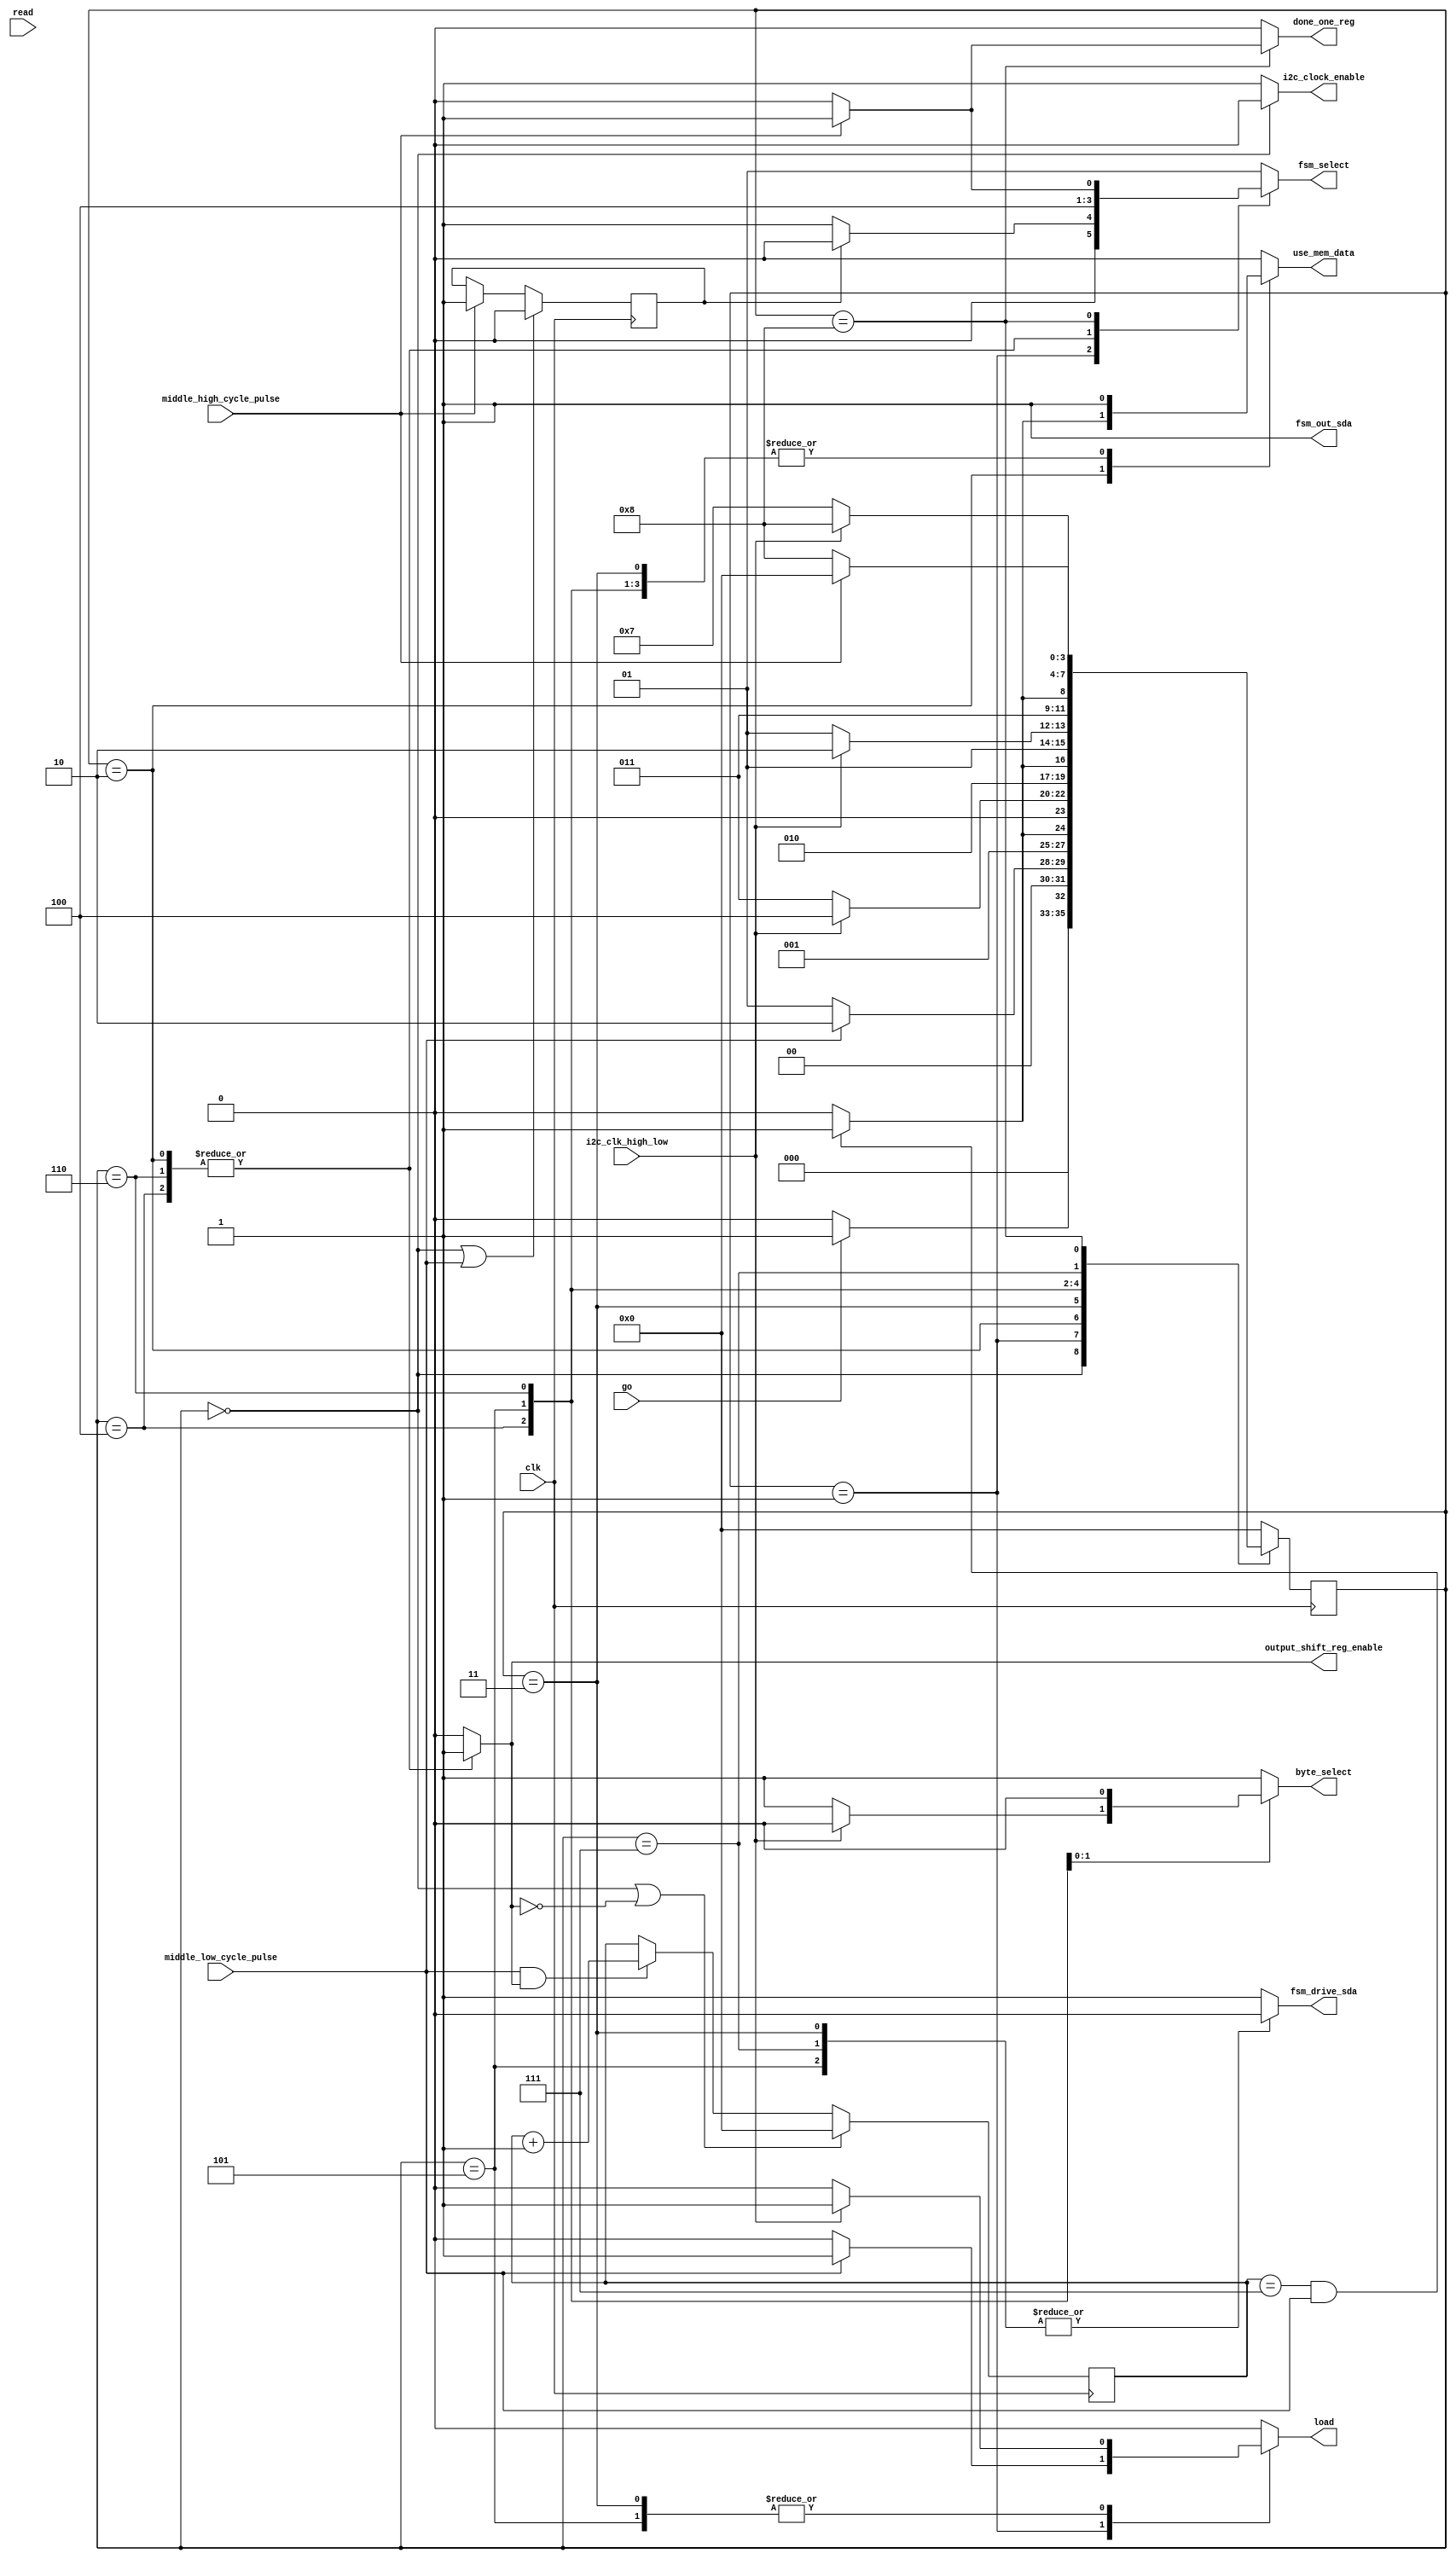
module i2c_fsm(/*AUTOARG*/
   // Outputs
   output_shift_reg_enable, fsm_out_sda, use_mem_data, fsm_drive_sda,
   fsm_select, i2c_clock_enable, done_one_reg, byte_select, load,
   // Inputs
   clk, go, read, middle_low_cycle_pulse, middle_high_cycle_pulse,
   i2c_clk_high_low
   );
   /* Inputs */
   input clk;
   input go;
   input read;
   input middle_low_cycle_pulse;
   input middle_high_cycle_pulse;
   input i2c_clk_high_low;
   
   /* Outputs */
   output output_shift_reg_enable;
   output fsm_out_sda;
   output use_mem_data;
   output fsm_drive_sda;
   output [1:0] fsm_select;
   output 	i2c_clock_enable;
   output 	done_one_reg;
   output 	byte_select;
   output 	load;
   
   /* Inouts */

   /* Parameters */
   localparam IDLE = 0;
   localparam START = 1;
   localparam DEVICE_ADDR = 2;
   localparam WAIT_ACK_STATE = 3;
   localparam ADDR_STATE = 4;
   localparam WAIT_ACK_STATE2 = 5;
   localparam DATA_STATE = 6;
   localparam WAIT_ACK_STATE3 = 7;
   localparam STOP = 8;

   localparam LOW_SDA_VALUE = 0;
   localparam HIGH_SDA_VALUE = 1;
   localparam ACTIVE_SDA_VALUE = 2;
   
   /*AUTOREG*/
   // Beginning of automatic regs (for this module's undeclared outputs)
   reg			fsm_drive_sda;
   reg			i2c_clock_enable;
   reg			load;
   reg			output_shift_reg_enable;
   // End of automatics
   /*AUTOWIRE*/

   /* Regs and Wires */
   reg [3:0] state, next_state;
   reg 	     fsm_out_sda;
   reg [3:0] state_counter;
   reg 	     use_mem_data;
   reg [1:0] fsm_select;
   reg 	     got_middle_high_pulse;
   reg 	     enable_state_counter;
   reg 	     done_one_reg;
   reg 	     byte_select;
   
   always @(posedge clk) begin
      if(state == IDLE | middle_low_cycle_pulse)
	got_middle_high_pulse <= 0;
      else if(middle_high_cycle_pulse)
	got_middle_high_pulse <= 1;
   end
   always @(posedge clk) begin
      if(state == IDLE | ~enable_state_counter)
	state_counter <= 0;
      else if(middle_low_cycle_pulse & enable_state_counter)
	state_counter <= state_counter + 1;
   end
   
   always @(posedge clk) begin
      state <= next_state;
   end

   always @(*) begin
      use_mem_data = 0;
      fsm_drive_sda = 1;
      fsm_select = HIGH_SDA_VALUE;
      i2c_clock_enable = 1;
      done_one_reg = 0;
      output_shift_reg_enable = 0;
      
      enable_state_counter = 0;
      fsm_out_sda = 1;
      next_state = IDLE;

      byte_select = 1;
      load = 0;
      
      case(state)
	IDLE: begin
	   i2c_clock_enable = 0;
	   if(go)
	     next_state = START;
	end

	START: begin
	   next_state = START;
	   enable_state_counter = 0;
	   if(got_middle_high_pulse) begin
	      fsm_select = LOW_SDA_VALUE;
	      
	   end

	   //Transition state half way through the low clock
	   if(middle_low_cycle_pulse) begin
	      next_state = DEVICE_ADDR;
	      load = 1;
	      
	   end
	end

	DEVICE_ADDR: begin
	   next_state = DEVICE_ADDR;
	  
	   
	   fsm_select = ACTIVE_SDA_VALUE;
	   enable_state_counter = 1;
	   output_shift_reg_enable = 1;
	   use_mem_data = 0;
	   if(state_counter == 7 & middle_low_cycle_pulse) begin
	     next_state = WAIT_ACK_STATE;
	      use_mem_data = 1;
	   end
	     
	end

	WAIT_ACK_STATE: begin
	   enable_state_counter = 0;
	   use_mem_data = 1;
	   
	   //fsm_select = ACTIVE_SDA_VALUE;	   
	   next_state = WAIT_ACK_STATE;
	   fsm_drive_sda = 0;
	   if(i2c_clk_high_low) begin
	      next_state = ADDR_STATE;
	      load = 1;
	   end
      	end
	
	ADDR_STATE: begin
	   fsm_select = ACTIVE_SDA_VALUE;
	   
	   next_state = ADDR_STATE;
	   enable_state_counter = 1;
	   output_shift_reg_enable = 1;
	   use_mem_data = 1;
	   
	   if(state_counter == 7 & middle_low_cycle_pulse)
	     next_state = WAIT_ACK_STATE2;
	end

	WAIT_ACK_STATE2: begin
	   next_state = WAIT_ACK_STATE2;
	   enable_state_counter = 0;
	   use_mem_data = 1;
	   
	   fsm_drive_sda = 0;
	   if(i2c_clk_high_low) begin
	      next_state = DATA_STATE;
	      byte_select = 0;
	      
	      load = 1;
	   end
	end

	DATA_STATE: begin
	   byte_select = 0;
	   
	   next_state = DATA_STATE;
	   fsm_select = ACTIVE_SDA_VALUE;
	   enable_state_counter = 1;
	   output_shift_reg_enable = 1;
	   use_mem_data = 1;
	   
	   if(state_counter == 7 & middle_low_cycle_pulse)
	     next_state = WAIT_ACK_STATE3;
	   
	end

	WAIT_ACK_STATE3: begin
	   next_state = WAIT_ACK_STATE3;
	   fsm_drive_sda = 0;
	   if(i2c_clk_high_low)
	     next_state = STOP;
	   
	end

	STOP: begin
	   next_state = STOP;
	   fsm_drive_sda = 1;
	   fsm_select = LOW_SDA_VALUE;
	   
	   if(middle_high_cycle_pulse) begin
	      fsm_drive_sda = 1;
	      fsm_select = HIGH_SDA_VALUE;
	      next_state = IDLE;
	      done_one_reg = 1;
	      
	   end
	   
	end
      endcase // case (state)
   end
endmodule